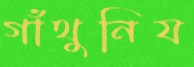
গাঁথুনিয